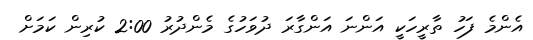
އެންމެ ފަހު ތާރީހަކީ އަންނަ އަންގާރަ ދުވަހުގެ މެންދުރު 2:00 ކުރިން ކަަމަށް